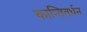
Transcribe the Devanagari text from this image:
कान्तिवर्धन